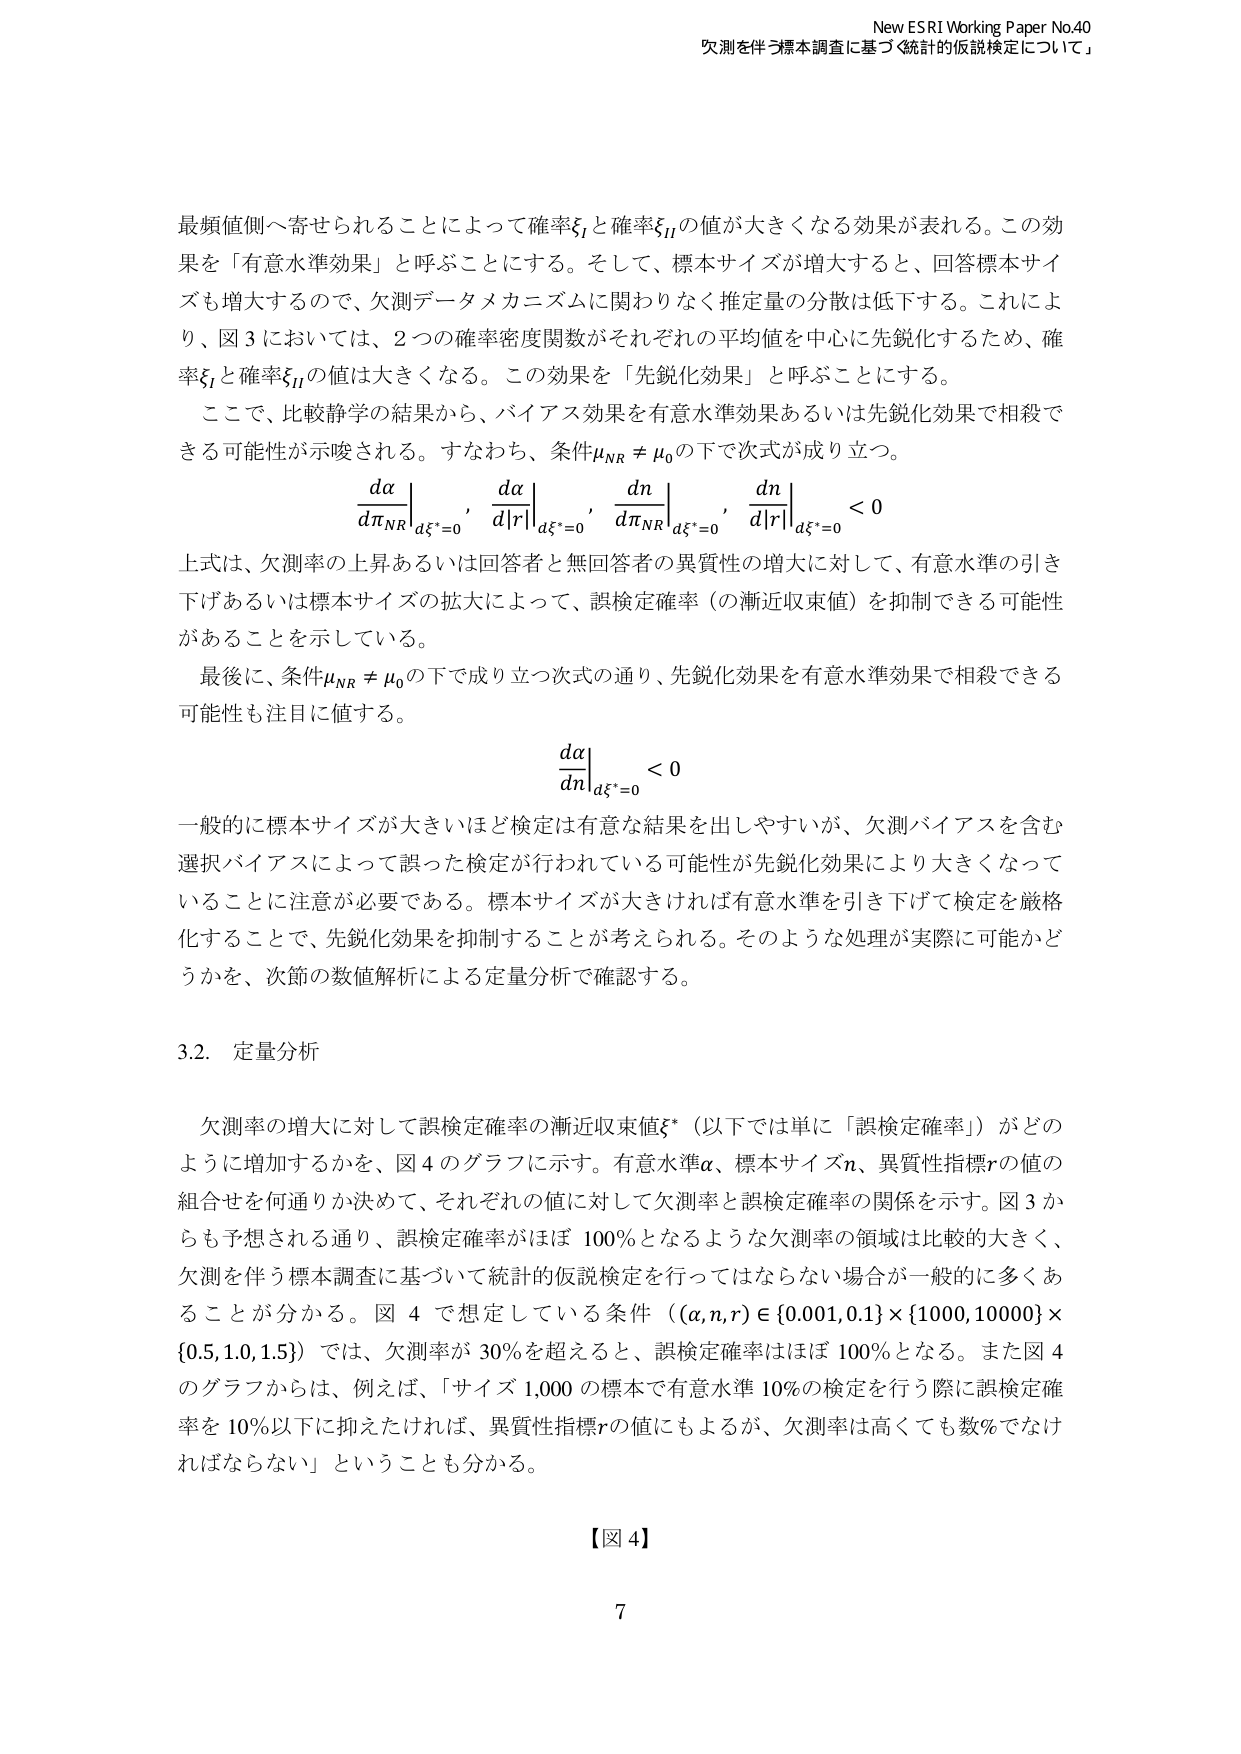
New ESRI Working Paper No.40
欠測を伴う標本調査に基づく統計的仮説検定について」

最頻値側へ寄せられることによって確率ξ_I と確率ξ_II の値が大きくなる効果が表れる。この効果を「有意水準効果」と呼ぶことにする。そして、標本サイズが増大すると、回答標本サイズも増大するので、欠測データメカニズムに関わりなく推定量の分散は低下する。これにより、図3においては、2つの確率密度関数がそれぞれの平均値を中心に先鋭化するため、確率ξ_I と確率ξ_II の値は大きくなる。この効果を「先鋭化効果」と呼ぶことにする。

ここで、比較静学の結果から、バイアス効果を有意水準効果あるいは先鋭化効果で相殺できる可能性が示唆される。すなわち、条件μ_NR ≠ μ_0 の下で次式が成り立つ。

\frac{dα}{dπ_{NR}}\bigg|_{dξ^*=0}, \quad \frac{dα}{d|r|}\bigg|_{dξ^*=0}, \quad \frac{dn}{dπ_{NR}}\bigg|_{dξ^*=0}, \quad \frac{dn}{d|r|}\bigg|_{dξ^*=0} < 0

上式は、欠測率の上昇あるいは回答者と無回答者の異質性の増大に対して、有意水準の引き下げあるいは標本サイズの拡大によって、誤検定確率（の漸近収束値）を抑制できる可能性があることを示している。

最後に、条件μ_NR ≠ μ_0 の下で成り立つ次式の通り、先鋭化効果を有意水準効果で相殺できる可能性も注目に値する。

\frac{dα}{dn}\bigg|_{dξ^*=0} < 0

一般的に標本サイズが大きいほど検定は有意な結果を出しやすいが、欠測バイアスを含む選択バイアスによって誤った検定が行われている可能性が先鋭化効果により大きくなっていることに注意が必要である。標本サイズが大きければ有意水準を引き下げて検定を厳格化することで、先鋭化効果を抑制することが考えられる。そのような処理が実際に可能かどうかを、次節の数値解析による定量分析で確認する。

3.2. 定量分析

欠測率の増大に対して誤検定確率の漸近収束値ξ*（以下では単に「誤検定確率」）がどのように増加するかを、図4のグラフに示す。有意水準α、標本サイズn、異質性指標rの値の組合せを何通りか決めて、それぞれの値に対して欠測率と誤検定確率の関係を示す。図3からも予想される通り、誤検定確率がほぼ100%となるような欠測率の領域は比較的大きく、欠測を伴う標本調査に基づいて統計的仮説検定を行ってはならない場合が一般的に多くあることが分かる。図4で想定している条件（(α, n, r) ∈ {0.001, 0.1} × {1000, 10000} × {0.5, 1.0, 1.5}）では、欠測率が30%を超えると、誤検定確率はほぼ100%となる。また図4のグラフからは、例えば、「サイズ1,000の標本で有意水準10%の検定を行う際に誤検定確率を10%以下に抑えたいければ、異質性指標rの値にもよるが、欠測率は高くても数%でなければならない」ということも分かる。

【図4】

7